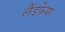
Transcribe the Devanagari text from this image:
लैंडफेयर